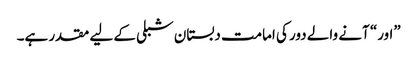
”اور“ آنے والے دور کی امامت دبستان شبلی کے لیے مقدر ہے۔